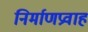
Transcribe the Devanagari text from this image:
निर्माणप्रवाह